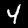
Digit: 4